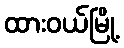
ထားဝယ်မြို့